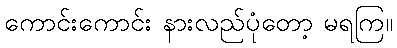
ကောင်းကောင်း နားလည်ပုံတော့ မရကြ။